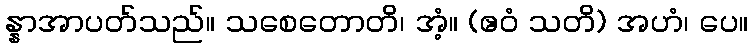
န္နာအာပတ်သည်။ သစေတောတိ၊ အံ့။ (ဧဝံ သတိ) အဟံ၊ ပေ။